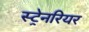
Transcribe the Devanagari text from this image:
स्ट्रेनरियर